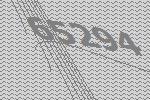
65294